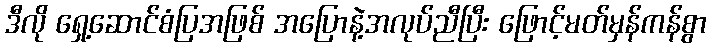
ဒီလို ရှေ့ဆောင်စံပြအဖြစ် အပြောနဲ့အလုပ်ညီပြီး ဖြောင့်မတ်မှန်ကန်စွာ